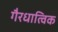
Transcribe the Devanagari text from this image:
गैरधात्विक